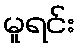
မူရင်း